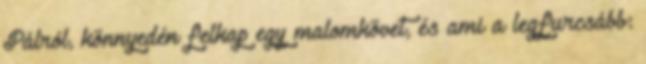
Pálról, könnyedén felkap egy malomkövet, és ami a legfurcsább: